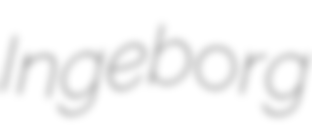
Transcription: Ingeborg